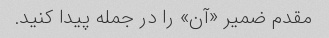
مقدم ضمیر «آن» را در جمله پیدا کنید.